Civil Veterinary Department. Madras. Admin. report 1926-33 - 1926-1933
Year: 1926
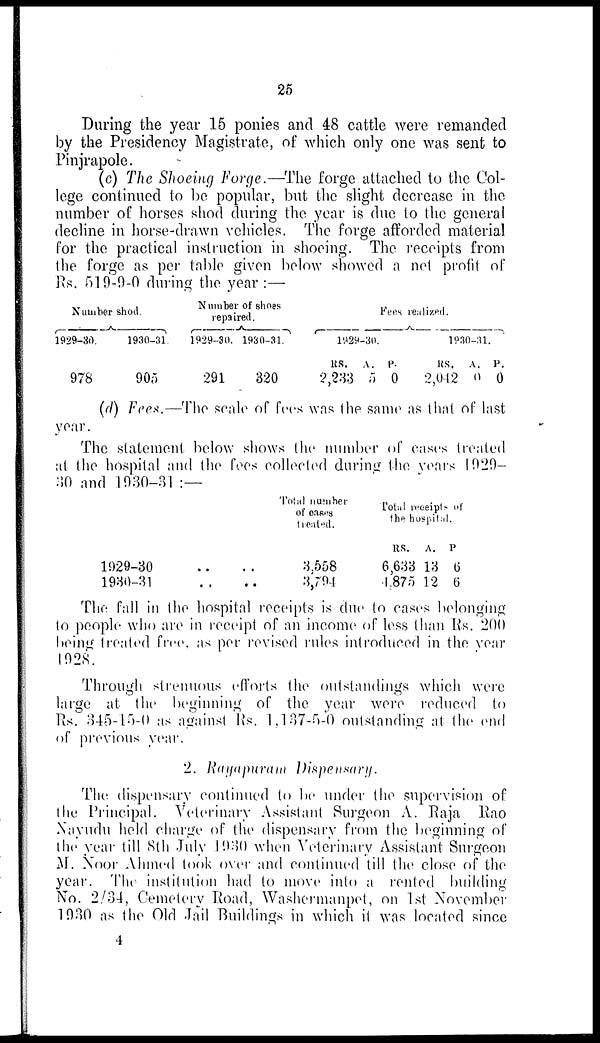
25
During the year 15 ponies and 48 cattle were remanded
by the Presidency Magistrate, of which only one was sent to
Pinjrapole.
(c) The Shoeing Forge.—The forge attached to the Col-
lege continued to be popular, but the slight decrease in the
number of horses shod during the year is due to the general
decline in horse-drawn vehicles. The forge afforded material
for the practical instruction in shoeing. The receipts from
the forge as per table given below showed a net profit of
Rs. 519-9-0 during the year :—
Number shod.
1929-30.
978
1930-31.
905
Number of shoes
repaired.
1929-30.
291
1930-31.
320
Fees realized.
1929-30.
Rs.
2,233
A.
5
P.
0
1930-31.
Rs.
2,042
A.
0
P.
0
(d) Fees.—The scale of fees was the same as that of last
year.
The statement below shows the number of cases treated
at the hospital and the fees collected during the years 1929—
30 and 1930-31:—
1929-30 .. ..
1930-31 .. ..
Total number
of cases
treated.
3,558
3,794
Total receipts of
the hospital.
Rs.
6,633
4,875
A.
13
12
P
6
6
The fall in the hospital receipts is due to cases belonging
to people who are in receipt of an income of less than Rs. 200
being treated free, as per revised rules introduced in the year
1928.
Through strenuous efforts the outstandings which were
large at the beginning of the year were reduced to
Rs. 345-15-0 as against Rs. 1,137-5-0 outstanding at the end
of previous year.
2. Rayapuram Dispensary.
The dispensary continued to be under the supervision of
the Principal. Veterinary Assistant Surgeon A. Raja Rao
Nayudu held charge of the dispensary from the beginning of
the year till 8th July 1930 when Veterinary Assistant Surgeon
M. Noor Ahmed took over and continued till the close of the
year. The institution had to move into a rented building
No. 2/34, Cemetery Road, Washermanpet, on 1st November
1930 as the Old Jail Buildings in which it was located since
4